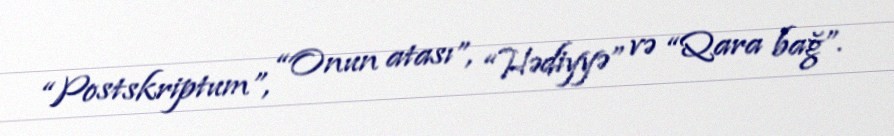
“Postskriptum”, “Onun atası”, “Hədiyyə” və “Qara bağ”.